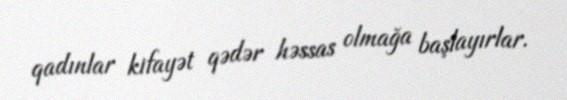
qadınlar kifayət qədər həssas olmağa başlayırlar.